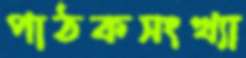
পাঠকসংখ্যা